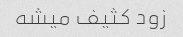
زود کثیف میشه